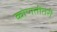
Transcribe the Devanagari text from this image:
कोणतीतरी